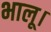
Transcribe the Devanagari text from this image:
भालू।